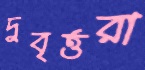
দুবৃর্ত্তরা